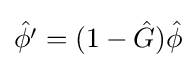
{\hat {\phi ^{\prime }}}=(1-{\hat {G}}){\hat {\phi }}